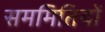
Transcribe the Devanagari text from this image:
सममितियों